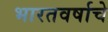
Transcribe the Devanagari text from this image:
भारतवर्षाचे